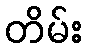
တိမ်း